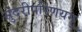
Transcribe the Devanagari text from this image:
सुंदरीपरिणयमु